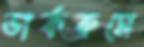
ডার্করুমে